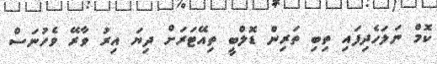
ކޮމް ނަލަހެދިފައި ތިބި ތަރިން ޑޮލްބީ ތިއޭޓަރަށް ދިޔަ އިރު ވާރޭ ވެހުނަސް